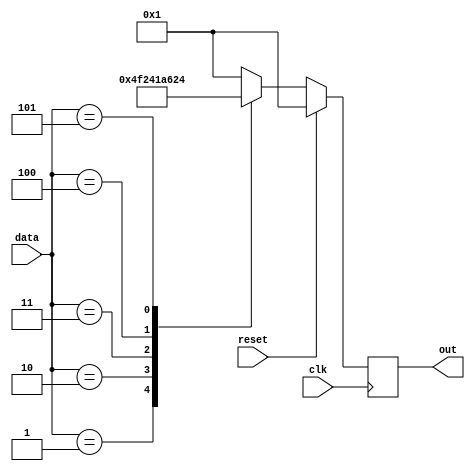
module out_m(      
							input    wire             reset,
							input    wire             clk,
                     input    wire    [3:0]    data,
                     output   reg     [6:0]    out
                                       
);


always @(posedge clk) begin
	if (reset) begin
			out <= 1;
	end else begin	   
		case (data)			
			0: out <= 7'b0000001;  
			1: out <= 7'b1001111; 
			2: out <= 7'b0010010; 
			3: out <= 7'b0000110; 
			4: out <= 7'b1001100; 
			5: out <= 7'b0100100; 	 						   				
			default 
				out <= 7'b0000001;				 
		endcase
	end			
end

endmodule